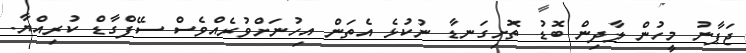
ޖަޕާނު މީހުން ލާދިން ބޮޑު ތޮށިގަނޑާ ނުކުޅެ އެތަން އިހުނަށްވުރެއްވެސް ސޭފްގާޑް ކުރިއްޔާ.